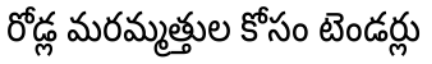
రోడ్ల మరమ్మత్తుల కోసం టెండర్లు